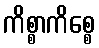
ကိစ္စာကိစ္စေ